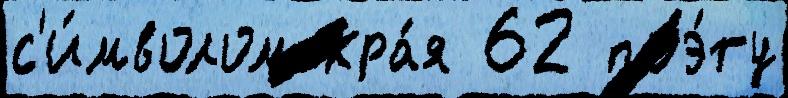
с'и́мволом кра́я 62 поэ́ту